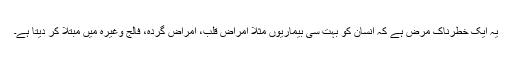
یہ ایک خطرناک مرض ہے کہ انسان کو بہت سی بیماریوں مثلاً امراض قلب، امراض گردہ، فالج وغیرہ میں مبتلا کر دیتا ہے۔